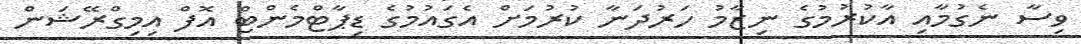
ވިސާ ނެގުމާއި އާކުރުމުގެ ނިޒާމު ހަރުދަނާ ކުރުމަށް އެގައުމުގެ ޑިޕާޓްމެންޓް އޮފް އިމިގްރޭޝަން